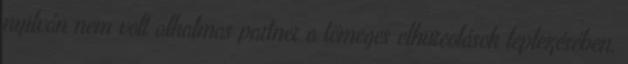
nyilván nem volt alkalmas partner a tömeges elhurcolások leplezésében,